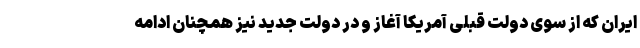
ایران که از سوی دولت قبلی آمریکا آغاز و در دولت جدید نیز همچنان ادامه